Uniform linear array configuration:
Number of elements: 4
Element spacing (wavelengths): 0.75
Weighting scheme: hann
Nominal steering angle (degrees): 45
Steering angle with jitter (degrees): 46.349
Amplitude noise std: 0.05
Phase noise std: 0.05

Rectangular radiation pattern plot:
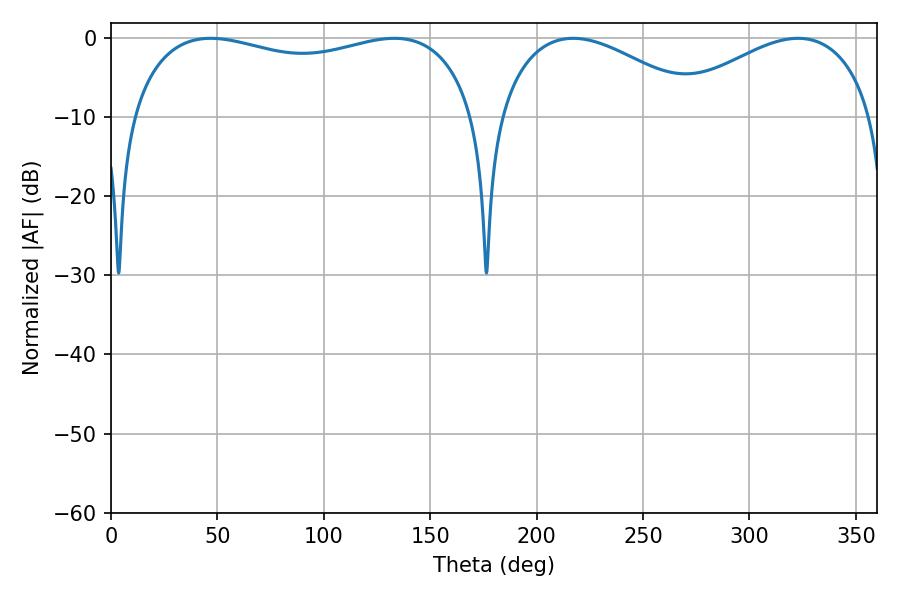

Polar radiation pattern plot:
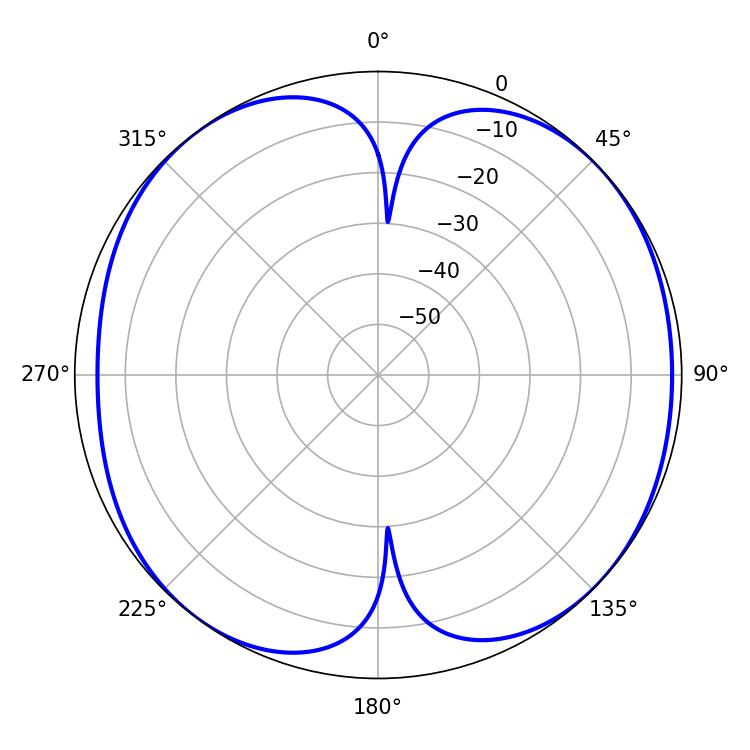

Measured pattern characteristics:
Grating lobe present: TRUE
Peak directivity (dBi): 8.91
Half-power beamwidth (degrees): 133.2
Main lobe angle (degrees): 46.8